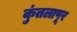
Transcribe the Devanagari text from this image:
कुंतलापूर